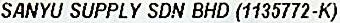
SANYU SUPPLY SDN BHD (1135772-K)